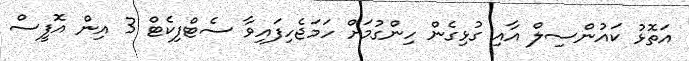
އަތޮޅު ކައުންސިލް އާއި ގުޅިގެން ހިންގުމަށް ހަމަޖެހިފައިވާ ސެޓްފިކެޓް 3 އިން އޮފީސް